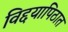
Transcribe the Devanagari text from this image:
विद्दयापिठात